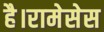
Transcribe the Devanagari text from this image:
है।रामेसेस